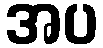
အပ